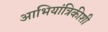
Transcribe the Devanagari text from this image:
आभियांत्रिकीशी